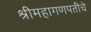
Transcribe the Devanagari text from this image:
श्रीमहागणपतीचे